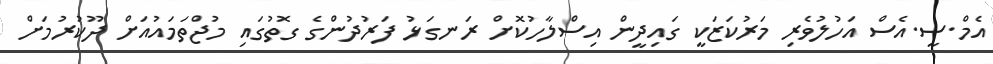
އެމް.ސީ.އެސް އަހުލުވެރި މަރުކަޒަކީ ގައިދީން އިސްލާހުކޮށް ރަނގަޅު ފަރުދުންގެ ގޮތުގައި މުޖްތަމައުއަށް ދޫކުރުމަށް